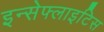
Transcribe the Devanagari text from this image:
इन्सेफ्लाइटिस